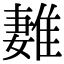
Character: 𨿩